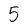
Character: 5